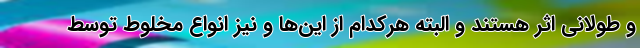
و طولانی اثر هستند و البته هرکدام از این‌ها و نیز انواع مخلوط توسط